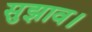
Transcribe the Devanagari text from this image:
सुझाव।